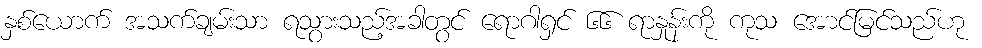
နှစ်ယောက် အသက်ချမ်းသာ ရသွားသည့်အခါတွင် ရောဂါရှင် ၆၆ ရာနှုန်းကို ကုသ အောင်မြင်သည်ဟု